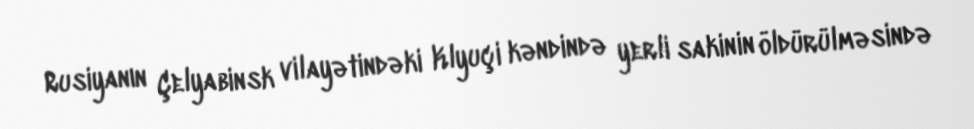
Rusiyanın Çelyabinsk vilayətindəki Klyuçi kəndində yerli sakinin öldürülməsində